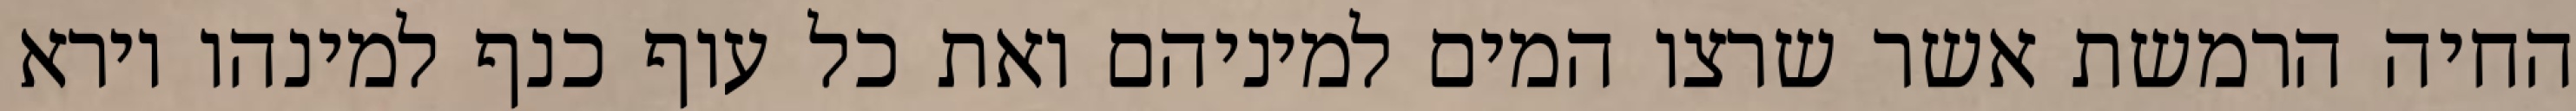
החיה הרמשת אשר שרצו המים למיניהם ואת כל עוף כנף למינהו וירא